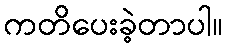
ကတိပေးခဲ့တာပါ။